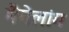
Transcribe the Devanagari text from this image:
मैगेलांग